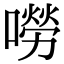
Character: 嘮